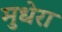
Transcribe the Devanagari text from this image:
मुधेरा